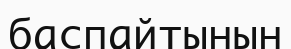
баспайтынын